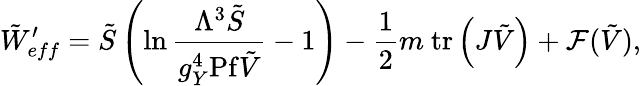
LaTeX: \tilde{W}_{eff}^{\prime}=\tilde{S}\left(\ln{\frac{\Lambda^{3}\tilde{S}}{g_{Y}^{4}\mathrm{Pf}\tilde{V}}}-1\right)-{\frac{1}{2}}m\ \mathrm{tr}\left(J\tilde{V}\right)+{\cal F}(\tilde{V}),